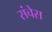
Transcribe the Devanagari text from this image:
संचेस